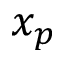
x _ { p }